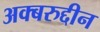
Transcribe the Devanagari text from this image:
अक्बरुद्दीन